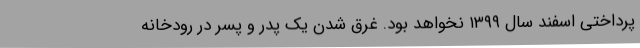
پرداختی اسفند سال ۱۳۹۹ نخواهد بود. غرق شدن یک پدر و پسر در رودخانه